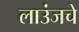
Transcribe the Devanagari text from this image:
लाउंजचे